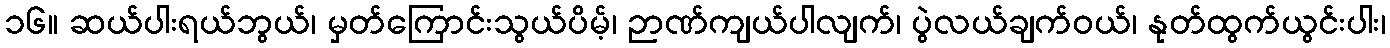
၁၆။ ဆယ်ပါးရယ်ဘွယ်၊ မှတ်ကြောင်းသွယ်ပိမ့်၊ ဉာဏ်ကျယ်ပါလျက်၊ ပွဲလယ်ချက်ဝယ်၊ နုတ်ထွက်ယွင်းပါး၊